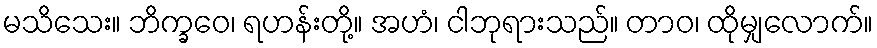
မသိသေး။ ဘိက္ခဝေ၊ ရဟန်းတို့။ အဟံ၊ ငါဘုရားသည်။ တာဝ၊ ထိုမျှလောက်။